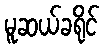
မူဆယ်ခရိုင်